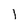
Character: l